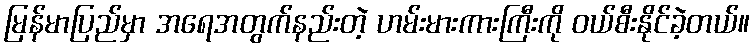
မြန်မာပြည်မှာ အရေအတွက်နည်းတဲ့ ဟမ်းမားကားကြီးကို ဝယ်စီးနိုင်ခဲ့တယ်။